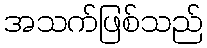
အသက်ဖြစ်သည်